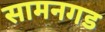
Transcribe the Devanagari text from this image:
सामनगड